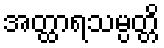
အတ္ထာရသမ္ပတ္တိ